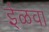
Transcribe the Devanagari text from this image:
ईळवा